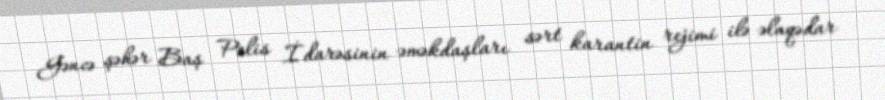
Gəncə şəhər Baş Polis İdarəsinin əməkdaşları sərt karantin rejimi ilə əlaqədar